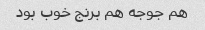
هم جوجه هم برنج خوب بود